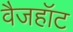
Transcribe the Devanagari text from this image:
वैजहॉट